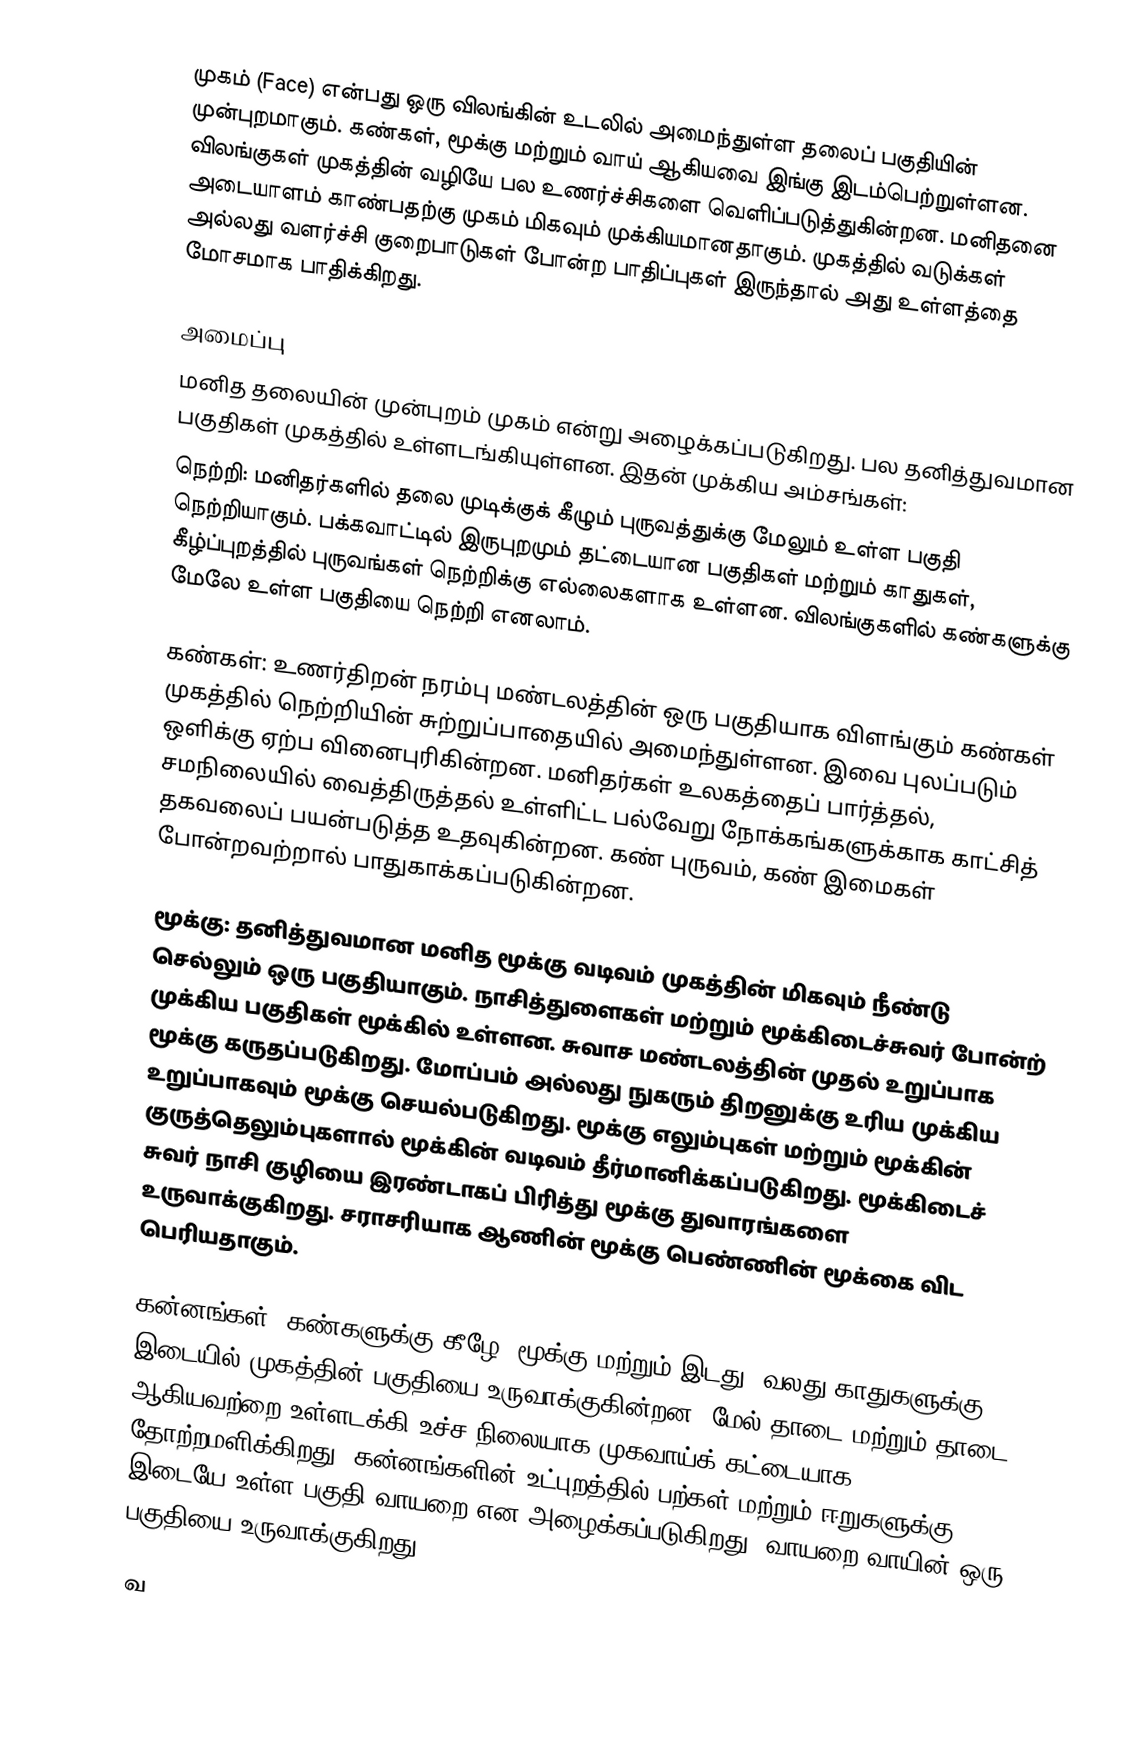
முகம் (Face) என்பது ஒரு விலங்கின் உடலில் அமைந்துள்ள தலைப் பகுதியின் முன்புறமாகும்.  கண்கள், மூக்கு மற்றும் வாய் ஆகியவை இங்கு இடம்பெற்றுள்ளன. விலங்குகள் முகத்தின் வழியே பல உணர்ச்சிகளை வெளிப்படுத்துகின்றன. மனிதனை அடையாளம் காண்பதற்கு முகம் மிகவும் முக்கியமானதாகும். முகத்தில் வடுக்கள் அல்லது வளர்ச்சி குறைபாடுகள் போன்ற பாதிப்புகள் இருந்தால் அது உள்ளத்தை மோசமாக பாதிக்கிறது.

அமைப்பு
மனித தலையின் முன்புறம் முகம் என்று அழைக்கப்படுகிறது. பல தனித்துவமான பகுதிகள் முகத்தில் உள்ளடங்கியுள்ளன. இதன் முக்கிய அம்சங்கள்:
நெற்றி: மனிதர்களில்  தலை முடிக்குக் கீழும் புருவத்துக்கு மேலும் உள்ள பகுதி நெற்றியாகும். பக்கவாட்டில் இருபுறமும் தட்டையான பகுதிகள் மற்றும் காதுகள், கீழ்ப்புறத்தில் புருவங்கள் நெற்றிக்கு எல்லைகளாக உள்ளன. விலங்குகளில் கண்களுக்கு மேலே உள்ள பகுதியை நெற்றி எனலாம்.

கண்கள்: உணர்திறன் நரம்பு மண்டலத்தின் ஒரு பகுதியாக விளங்கும் கண்கள் முகத்தில் நெற்றியின் சுற்றுப்பாதையில் அமைந்துள்ளன. இவை புலப்படும் ஒளிக்கு ஏற்ப வினைபுரிகின்றன. மனிதர்கள் உலகத்தைப் பார்த்தல், சமநிலையில் வைத்திருத்தல் உள்ளிட்ட பல்வேறு நோக்கங்களுக்காக காட்சித் தகவலைப் பயன்படுத்த உதவுகின்றன. கண் புருவம், கண் இமைகள் போன்றவற்றால் பாதுகாக்கப்படுகின்றன.

மூக்கு: தனித்துவமான மனித மூக்கு வடிவம் முகத்தின் மிகவும் நீண்டு செல்லும் ஒரு பகுதியாகும். நாசித்துளைகள் மற்றும் மூக்கிடைச்சுவர் போன்ற் முக்கிய பகுதிகள் மூக்கில் உள்ளன. சுவாச மண்டலத்தின் முதல் உறுப்பாக மூக்கு கருதப்படுகிறது. மோப்பம் அல்லது நுகரும் திறனுக்கு உரிய முக்கிய உறுப்பாகவும் மூக்கு செயல்படுகிறது. மூக்கு எலும்புகள் மற்றும் மூக்கின் குருத்தெலும்புகளால் மூக்கின் வடிவம் தீர்மானிக்கப்படுகிறது. மூக்கிடைச் சுவர் நாசி குழியை இரண்டாகப் பிரித்து மூக்கு துவாரங்களை உருவாக்குகிறது. சராசரியாக ஆணின் மூக்கு பெண்ணின் மூக்கை விட பெரியதாகும்.

கன்னங்கள்: கண்களுக்கு கீழே, மூக்கு மற்றும் இடது, வலது காதுகளுக்கு  இடையில் முகத்தின் பகுதியை உருவாக்குகின்றன. மேல் தாடை மற்றும் தாடை ஆகியவற்றை உள்ளடக்கி உச்ச நிலையாக முகவாய்க் கட்டையாக தோற்றமளிக்கிறது. கன்னங்களின் உட்புறத்தில் பற்கள் மற்றும் ஈறுகளுக்கு இடையே உள்ள பகுதி வாயறை என அழைக்கப்படுகிறது. வாயறை வாயின் ஒரு பகுதியை உருவாக்குகிறது.

வ